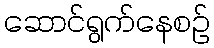
ဆောင်ရွက်နေစဉ်